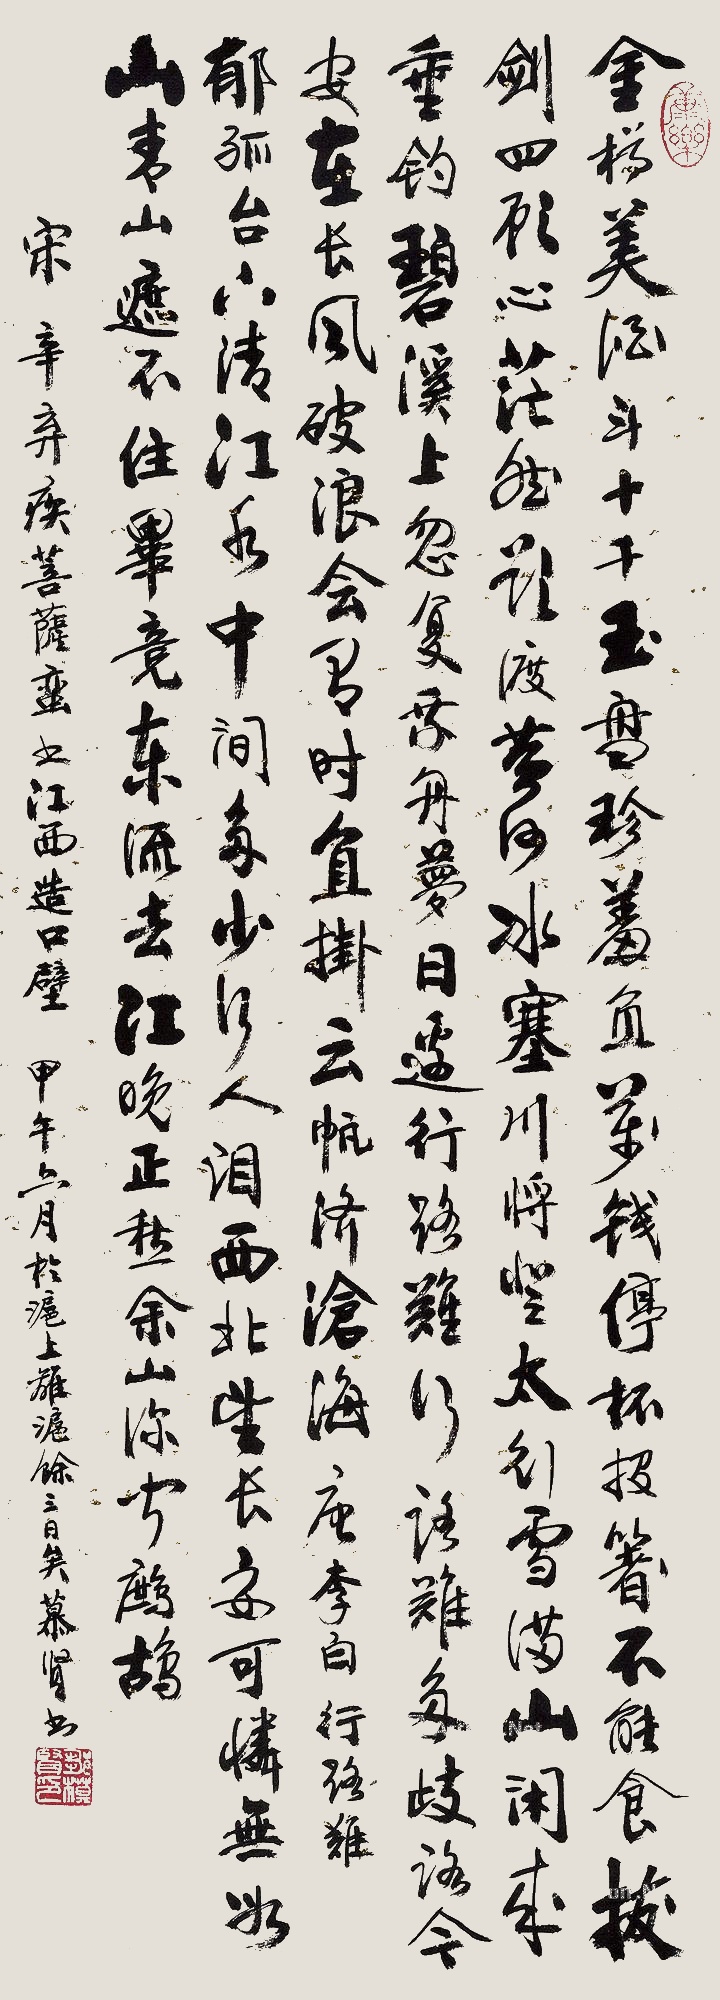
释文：金樽清酒斗十千，玉盘珍羞直万钱。停杯投箸不能食，拔剑四顾心茫然。欲渡黄河冰塞川，将登太行雪满山。闲来垂钓碧溪上，忽复乘舟梦日边。行路难！行路难！多岐路，今安在？长风破浪会有时，直挂云帆济沧海。唐李白《行路难》。郁孤台下清江水，中间多少行人泪。西北望长安，可怜无数山。青山遮不住，毕竟东流去。江晚正愁余，山深闻鹧鸪。宋辛弃疾《菩萨蛮书江西造石壁》。甲午（1954年）六月于沪上，离沪余三日矣，慕贤书。